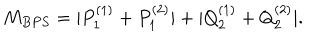
LaTeX: M _ { B P S } = | P _ { 1 } ^ { ( 1 ) } + P _ { 1 } ^ { ( 2 ) } | + | Q _ { 2 } ^ { ( 1 ) } + Q _ { 2 } ^ { ( 2 ) } | .